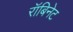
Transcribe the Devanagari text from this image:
रॉबिनेट